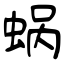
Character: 蜗